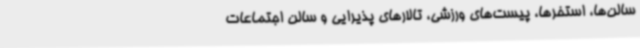
سالن‌ها، استخرها، پیست‌های ورزشی، تالارهای پذیرایی و سالن اجتماعات